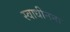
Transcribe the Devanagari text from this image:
स्वाधीनना